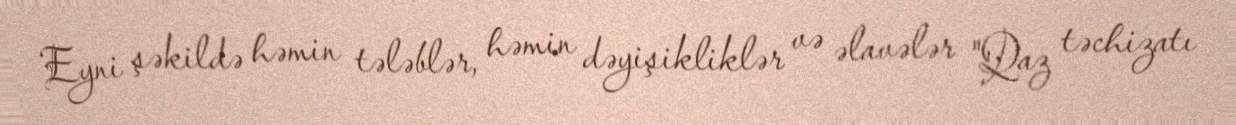
Eyni şəkildə həmin tələblər, həmin dəyişikliklər və əlavələr "Qaz təchizatı